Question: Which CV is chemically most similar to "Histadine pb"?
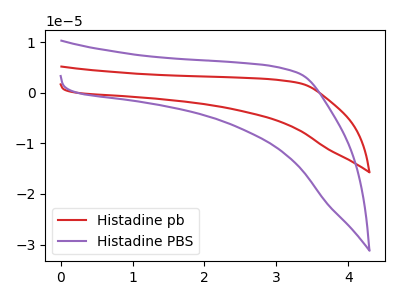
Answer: <think>The red curve "Histadine pb" has no peaks. The purple curve "Histadine PBS" has no peaks.
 Neither "Histadine pb" or "Histadine PBS" have any peaks.</think>
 <answer>The CV with the most similar shape to "Histadine PBS" is "Histadine pb".</answer>
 <eval>"Histadine pb"</eval>